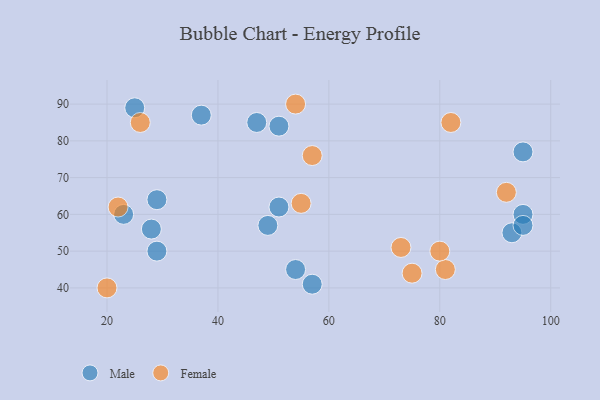
{"axis": {"x": "GDP", "y": "Life Expectancy"}, "legend": ["Female", "Male"], "data": [{"x": "29", "y": 64, "type": "Male"}, {"x": "23", "y": 60, "type": "Male"}, {"x": "95", "y": 60, "type": "Male"}, {"x": "51", "y": 62, "type": "Male"}, {"x": "37", "y": 87, "type": "Male"}, {"x": "25", "y": 89, "type": "Male"}, {"x": "51", "y": 84, "type": "Male"}, {"x": "54", "y": 45, "type": "Male"}, {"x": "95", "y": 77, "type": "Male"}, {"x": "57", "y": 41, "type": "Male"}, {"x": "93", "y": 55, "type": "Male"}, {"x": "29", "y": 50, "type": "Male"}, {"x": "47", "y": 85, "type": "Male"}, {"x": "95", "y": 57, "type": "Male"}, {"x": "49", "y": 57, "type": "Male"}, {"x": "28", "y": 56, "type": "Male"}, {"x": "55", "y": 63, "type": "Female"}, {"x": "20", "y": 40, "type": "Female"}, {"x": "22", "y": 62, "type": "Female"}, {"x": "57", "y": 76, "type": "Female"}, {"x": "54", "y": 90, "type": "Female"}, {"x": "75", "y": 44, "type": "Female"}, {"x": "81", "y": 45, "type": "Female"}, {"x": "82", "y": 85, "type": "Female"}, {"x": "73", "y": 51, "type": "Female"}, {"x": "26", "y": 85, "type": "Female"}, {"x": "92", "y": 66, "type": "Female"}, {"x": "80", "y": 50, "type": "Female"}]}